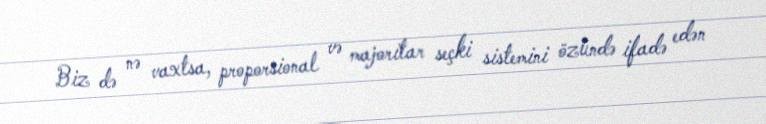
Biz də nə vaxtsa, proporsional və majoritar seçki sistemini özündə ifadə edən